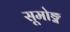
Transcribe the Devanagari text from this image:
सूमोङ्ग